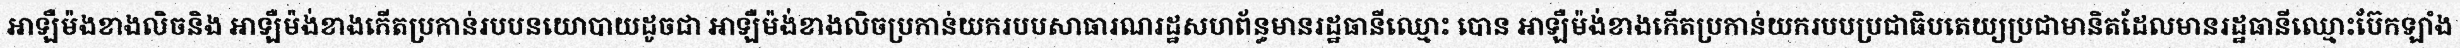
អាឡឺម៉ងខាងលិចនិង អាឡឺម៉ង់ខាងកើតប្រកាន់របបនយោបាយដូចជា អាឡឺម៉ង់ខាងលិចប្រកាន់យករបបសាធារណរដ្ឋសហព័ន្ធមានរដ្ឋធានីឈ្មោះ បោន អាឡឺម៉ង់ខាងកើតប្រកាន់យករបបប្រជាធិបតេយ្យប្រជាមានិតដែលមានរដ្ឋធានីឈ្មោះប៊ែកឡាំង